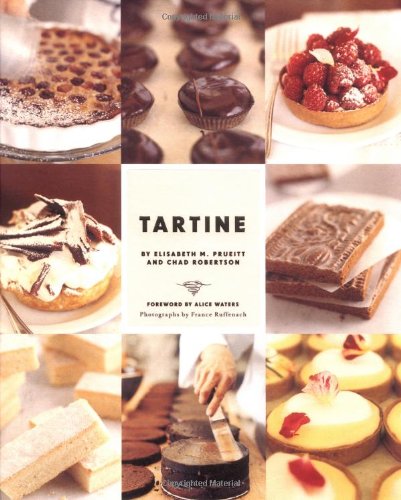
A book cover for Tartine; Elisabeth M. Prueitt; Cookbooks, Food & Wine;